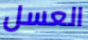
العسل